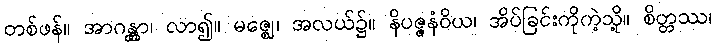
တစ်ဖန်။ အာဂန္တွာ၊ လာ၍။ မဇ္ဈေ၊ အလယ်၌။ နိပဇ္ဇနံဝိယ၊ အိပ်ခြင်းကိုကဲ့သို့။ စိတ္တဿ၊